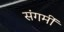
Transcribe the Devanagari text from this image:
संगमीं